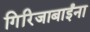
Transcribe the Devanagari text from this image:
गिरिजाबाईंना